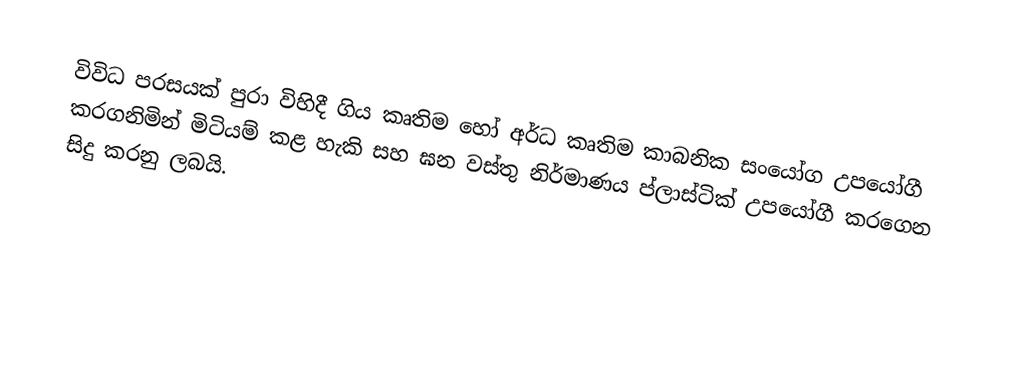
විවිධ පරසයක් පුරා විහිදී ගිය කෘතිම හෝ අර්ධ කෘතිම කාබනික සංයෝග  උපයෝගී කරගනිමින් මිටියම් කළ හැකි සහ ඝන වස්තු නිර්මාණය ප්ලාස්ටික් උපයෝගී කරගෙන සිදු කරනු ලබයි.